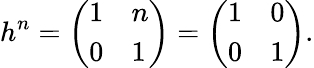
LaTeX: h^{n}={\left(\begin{array}{ll}{1}&{n}\\ {0}&{1}\end{array}\right)}={\left(\begin{array}{ll}{1}&{0}\\ {0}&{1}\end{array}\right)}.